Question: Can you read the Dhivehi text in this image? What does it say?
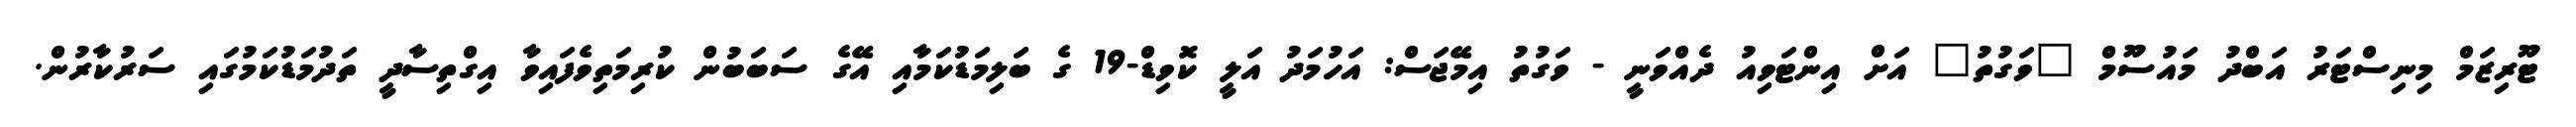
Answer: ޓޫރިޒަމް މިނިސްޓަރު އަބްދު މައުސޫމް "ވަގުތު" އަށް އިންޓަވިއު ދެއްވަނީ - ވަގުތު އިމޭޖަސް: އަހުމަދު އަލީ ކޮވިޑް-19 ގެ ބަލިމަޑުކަމާއި އޭގެ ސަބަބުން ކުރިމަތިވެފައިވާ އިގްތިސާދީ ތަދުމަޑުކަމުގައި ސަރުކާރުން.